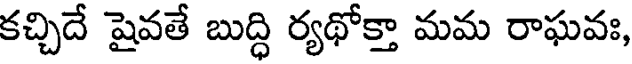
కచ్చిదే షైవతే బుద్ధి ర్యథోక్తా మమ రాఘవః,